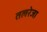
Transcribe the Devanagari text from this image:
तलरेजा